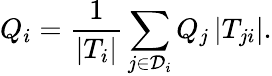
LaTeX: Q_{i}=\frac{1}{|T_{i}|}\sum_{j\in\mathcal{D}_{i}}Q_{j}\, |T_{ji}|.